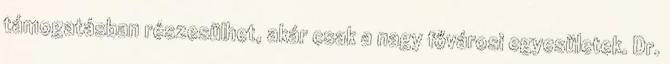
támogatásban részesülhet, akár csak a nagy fővárosi egyesületek. Dr.